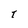
Character: T